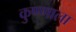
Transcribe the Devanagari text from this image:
कुण्णाला